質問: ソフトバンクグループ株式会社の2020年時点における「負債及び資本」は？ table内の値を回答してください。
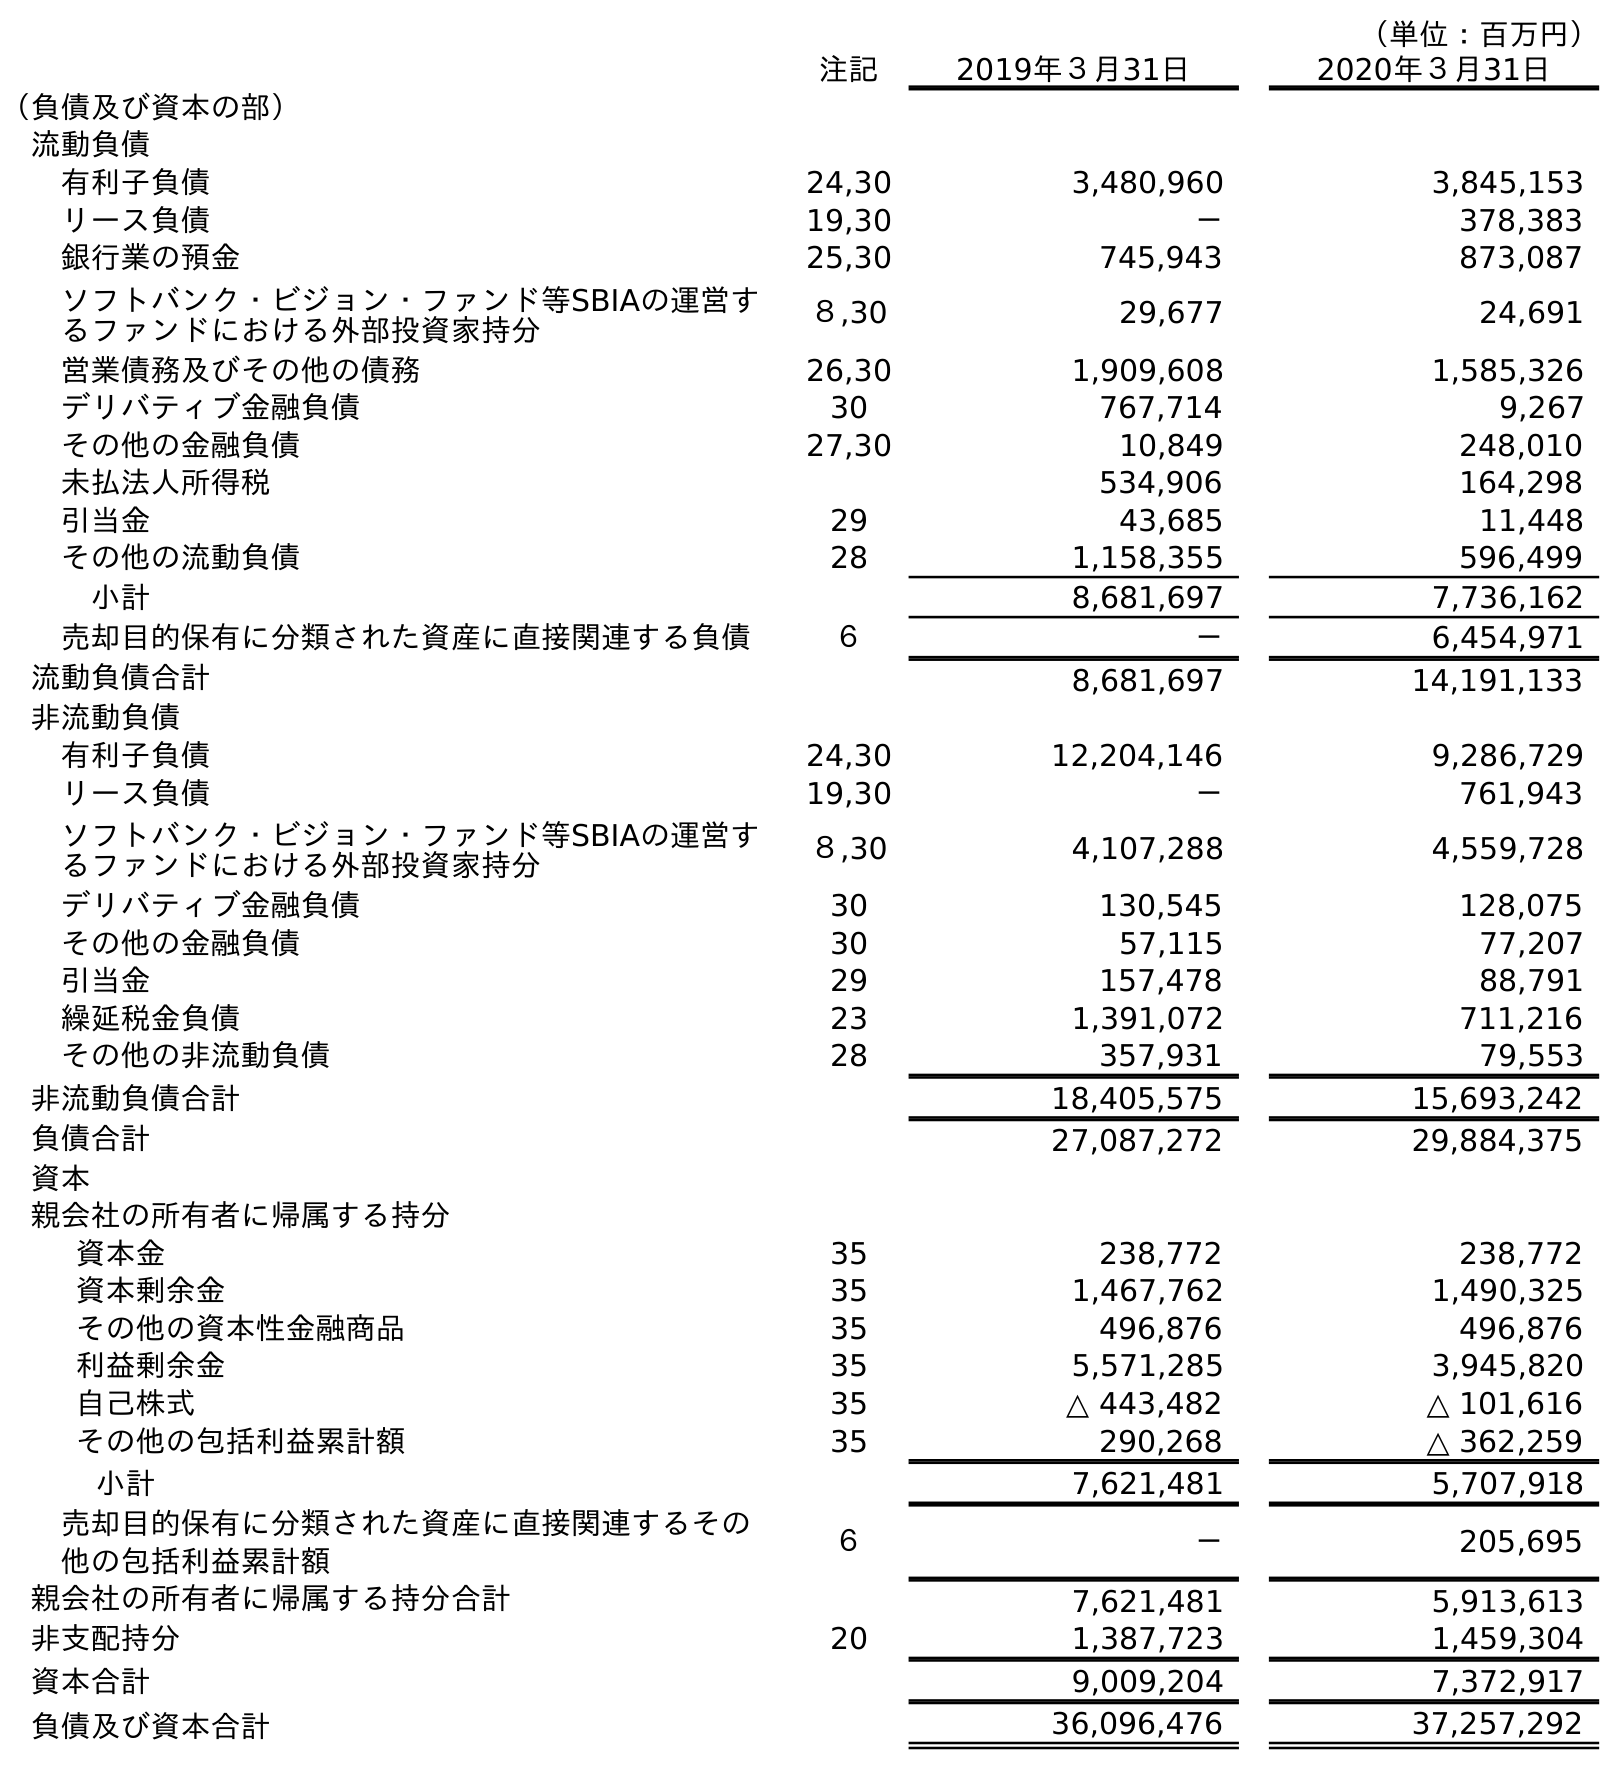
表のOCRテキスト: （単位：百万円） 注記 2019年３月31日 2020年３月31日 （負債及び資本の部） 流動負債 有利子負債 24,30 3,480,960 3,845,153 リース負債 19,30 － 378,383 銀行業の預金 25,30 745,943 873,087 ソフトバンク・ビジョン・ファンド等SBIAの運営す るファンドにおける外部投資家持分 ８,30 29,677 24,691 営業債務及びその他の債務 26,30 1,909,608 1,585,326 デリバティブ金融負債 30 767,714 9,267 その他の金融負債 27,30 10,849 248,010 未払法人所得税 534,906 164,298 引当金 29 43,685 11,448 その他の流動負債 28 1,158,355 596,499 小計 8,681,697 7,736,162 売却目的保有に分類された資産に直接関連する負債 ６ － 6,454,971 流動負債合計 8,681,697 14,191,133 非流動負債 有利子負債 24,30 12,204,146 9,286,729 リース負債 19,30 － 761,943 ソフトバンク・ビジョン・ファンド等SBIAの運営す るファンドにおける外部投資家持分 ８,30 4,107,288 4,559,728 デリバティブ金融負債 30 130,545 128,075 その他の金融負債 30 57,115 77,207 引当金 29 157,478 88,791 繰延税金負債 23 1,391,072 711,216 その他の非流動負債 28 357,931 79,553 非流動負債合計 18,405,575 15,693,242 負債合計 27,087,272 29,884,375 資本 親会社の所有者に帰属する持分 資本金 35 238,772 238,772 資本剰余金 35 1,467,762 1,490,325 その他の資本性金融商品 35 496,876 496,876 利益剰余金 35 5,571,285 3,945,820 自己株式 35 △ 443,482 △ 101,616 その他の包括利益累計額 35 290,268 △ 362,259 小計 7,621,481 5,707,918 売却目的保有に分類された資産に直接関連するその 他の包括利益累計額 ６ － 205,695 親会社の所有者に帰属する持分合計 7,621,481 5,913,613 非支配持分 20 1,387,723 1,459,304 資本合計 9,009,204 7,372,917 負債及び資本合計 36,096,476 37,257,292
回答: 37,257,292